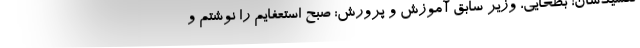
نکشیدشان! بطحایی، وزیر سابق آموزش و پرورش: صبح استعفایم را نوشتم و